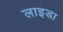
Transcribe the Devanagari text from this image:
लाइडा